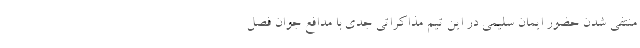
منتفی شدن حضور ایمان سلیمی در این تیم مذاکراتی جدی با مدافع جوان فصل